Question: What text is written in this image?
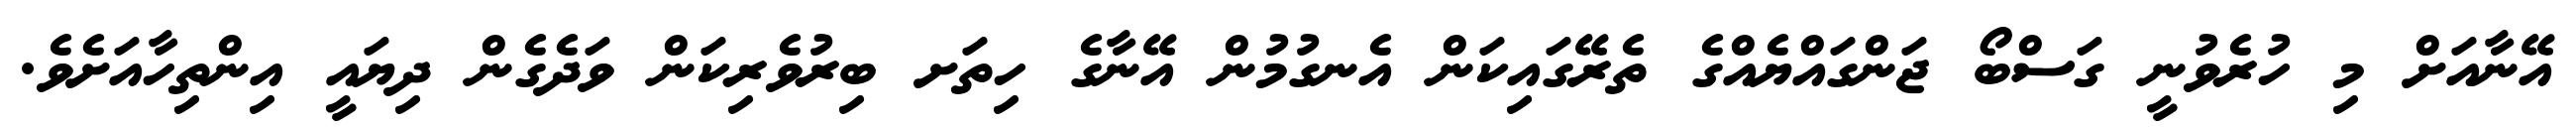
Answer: އޭނާއަށް މި ހުރެވުނީ ގަސްބޯ ޖަންގައްޔެއްގެ ތެރޭގައިކަން އެނގުމުން އޭނާގެ ހިތަށ ބިރުވެރިކަން ވަދެގެން ދިޔައީ އިންތިހާއަށެވެ.